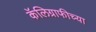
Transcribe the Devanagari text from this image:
कॅलिग्राफीच्या